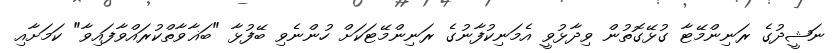
ނަޝީދުގެ ރަނިންމޭޓާ ގުޅޭގޮތުން ވިދާޅުވީ އެމަނިކުފާނުގެ ރަނިންމޭޓަކަށް ހުންނެވި ބޭފުޅާ "ބަޣާވާތްކުރައްވާފައިވާ" ކަމަށާއި